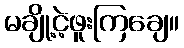
မချို့ငဲ့ဖူးကြချေ။